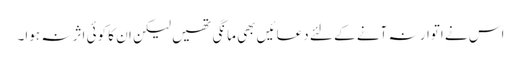
اس نے اتوار نہ آنے کے لئے دعائیں بھی مانگی تھیں لیکن ان کا کوئی اثر نہ ہوا۔